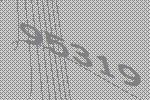
95319